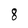
Character: 8